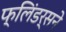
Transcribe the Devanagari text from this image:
फ्लिंडर्सने